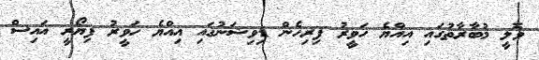
ވޮލީ މުބާރާތުގައި އިއްޔެ ހަވީރު ފިރިހެން ޑިވިޝަނުގައި އިއްޔެ ހަވީރު ފިޔޯރީ އައިސް